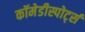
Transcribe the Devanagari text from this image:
कॉमेडीस्पोर्ट्स